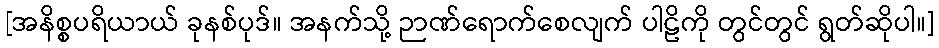
[အနိစ္စပရိယာယ် ခုနစ်ပုဒ်။ အနက်သို့ ဉာဏ်ရောက်စေလျက် ပါဠိကို တွင်တွင် ရွတ်ဆိုပါ။]